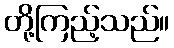
တို့ကြည့်သည်။